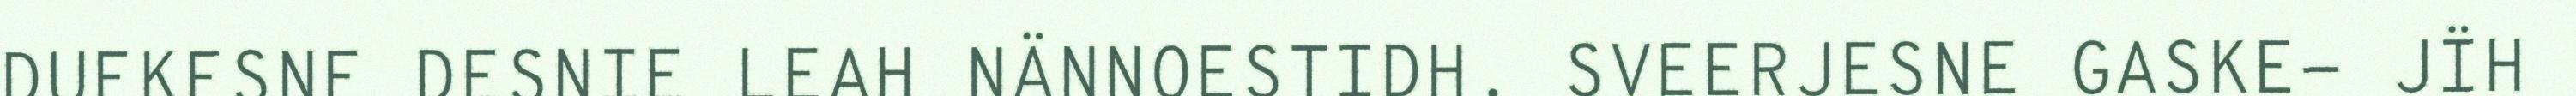
DUEKESNE DESNIE LEAH NÄNNOESTIDH. SVEERJESNE GASKE- JÏH